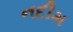
નદીમ